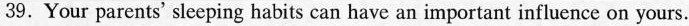
39.Your parents' sleeping habits can have an important influence on yours.